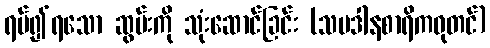
ရပ်၍ရသော ဆွမ်းကို သုံးဆောင်ခြင်း (သပဒါနစာရိကဓုတင်)